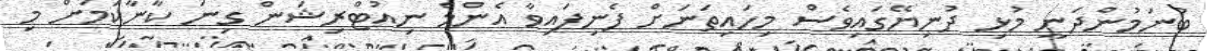
ބުނަމުންދަނީ މުޅި ދުނިޔޭގައިވެސް މިހައިތަނަށް ފެނިފައިވާ އެންމެ ނިއުޓްރިޝަން ގިނަ ކާނާކަމަށް މި